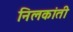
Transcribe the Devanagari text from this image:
निलकांती